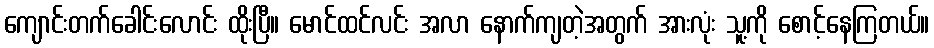
ကျောင်းတက်ခေါင်းလောင်း ထိုးပြီ။ မောင်ထင်လင်း အလာ နောက်ကျတဲ့အတွက် အားလုံး သူ့ကို စောင့်နေကြတယ်။